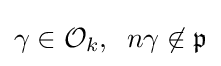
\gamma \in {\mathcal {O}}_{k},\;\;n\gamma \not \in {\mathfrak {p}}